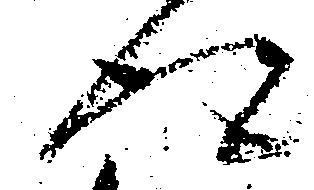
得